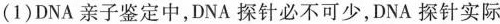
(1)DNA亲子鉴定中，DNA探针必不可少，DNA探针实际